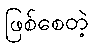
ဖြစ်စေတဲ့